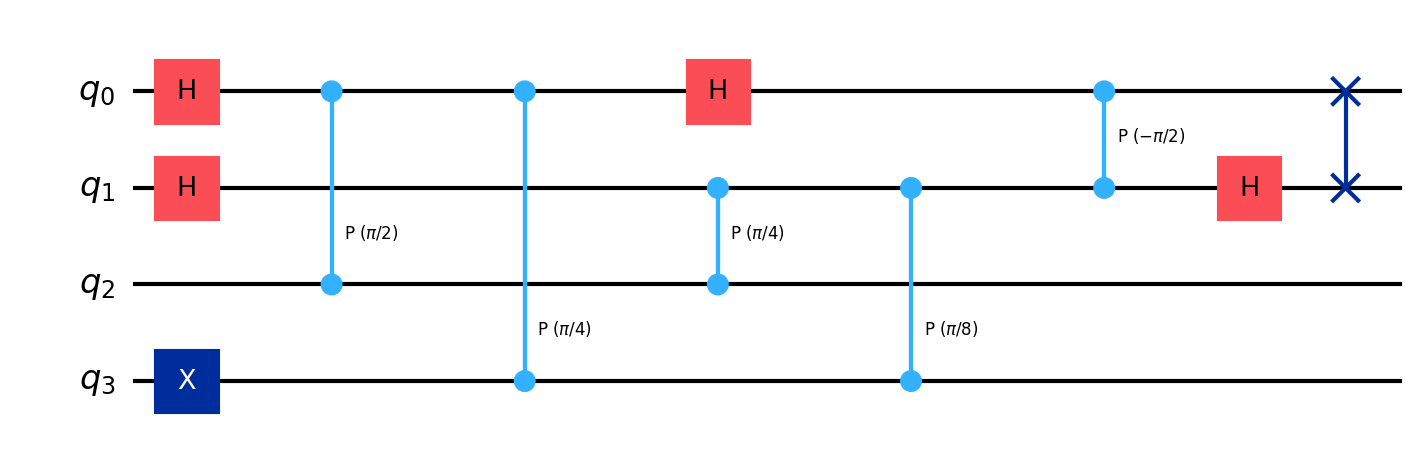
Description: Quantum Phase Estimation (4-qubit)
描述: 量子相位估计（4量子比特）
Category: classical_algorithms (difficulty: advanced)
Qubits: 4, circuit depth: 7

Braket implementation:
import math
from braket.circuits import Circuit
circuit = Circuit()
circuit.x(3)
circuit.h(0).h(1)
circuit.cphaseshift(0, 2, math.pi / 2).cphaseshift(0, 3, math.pi / 4)
circuit.cphaseshift(1, 2, math.pi / 4).cphaseshift(1, 3, math.pi / 8)
circuit.h(0).cphaseshift(1, 0, -math.pi / 2).h(1)
circuit.swap(0, 1)